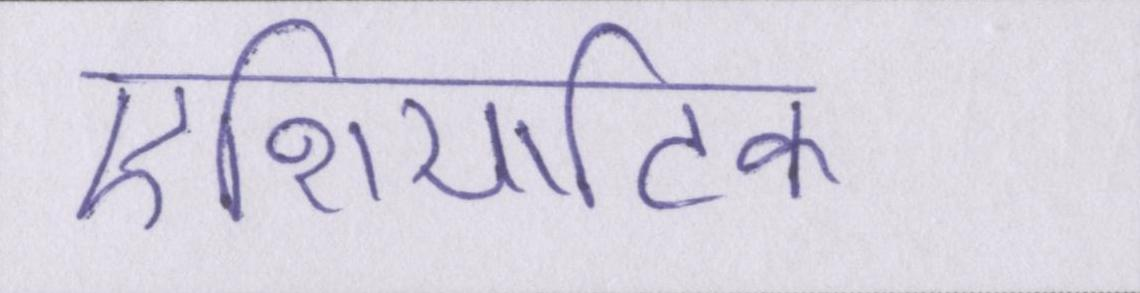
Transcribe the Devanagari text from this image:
एशियाटिक